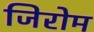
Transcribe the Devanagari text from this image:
जिरोम